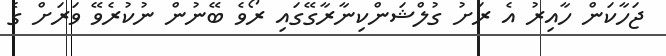
ޖަހާކަން ހާއިރު އެ ރަށު ގުލްޝަންކިނާރާގޭގައި ރޯވެ ބޭނުން ނުކުރެވޭ ވަރަށް ގެ